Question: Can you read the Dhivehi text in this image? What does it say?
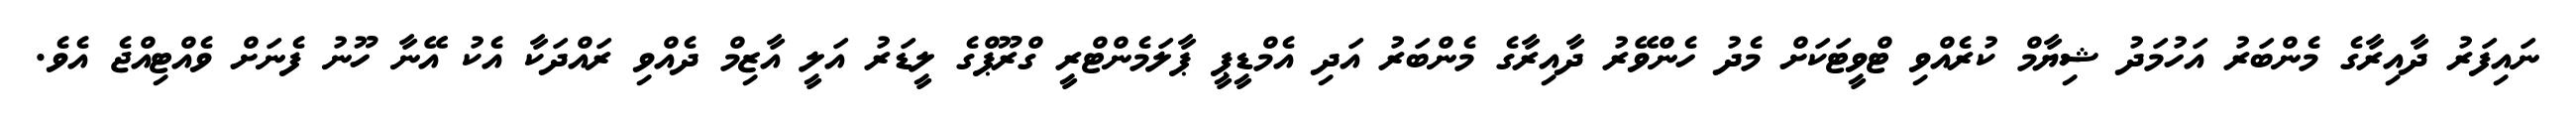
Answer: ނައިފަރު ދާއިރާގެ މެންބަރު އަހުމަދު ޝިޔާމް ކުރެއްވި ޓްވީޓަކަށް މެދު ހެންވޭރު ދާއިރާގެ މެންބަރު އަދި އެމްޑީޕީ ޕާލަމެންޓްރީ ގްރޫޕްގެ ލީޑަރު އަލީ އާޒިމް ދެއްވި ރައްދަކާ އެކު އޭނާ ހޫނު ފެނަށް ވެއްޓިއްޖެ އެވެ.